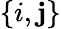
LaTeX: \{ i,\mathbf{j}\}